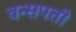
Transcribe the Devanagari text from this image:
वन्सपती